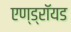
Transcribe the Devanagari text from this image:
एण्ड्रॉयड